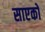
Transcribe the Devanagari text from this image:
साएको